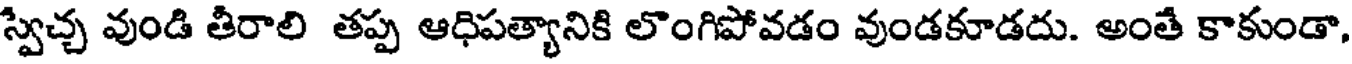
స్వేచ్చ వుండి తీరాలి తప్ప ఆధిపత్యానికి లొంగిపోవడం వుండకూడదు. అంతే కాకుండా,